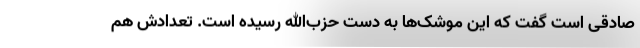
صادقی است گفت که این موشک‌ها به دست حزب‌الله رسیده است. تعدادش هم